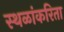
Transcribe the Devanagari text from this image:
स्थळांकरिता